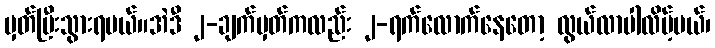
မှတ်ပြီးသွားရမယ်။အဲဒီ ၂-ချက်မှတ်ကလည်း ၂-ရက်လောက်နေတော့ လွယ်လာပါလိမ့်မယ်၊